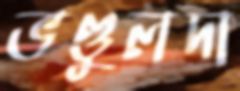
ভণ্ডুলদা